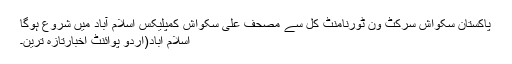
پاکستان سکواش سرکٹ ون ٹورنامنٹ کل سے مصحف علی سکواش کمپلیکس اسلام آباد میں شروع ہوگا
اسلام آباد(اُردو پوائنٹ اخبارتازہ ترین۔